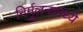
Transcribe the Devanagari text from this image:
निर्मुलनामध्ये